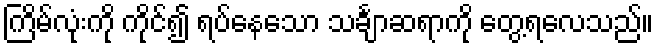
ကြိမ်လုံးကို ကိုင်၍ ရပ်နေသော သင်္ချာဆရာကို တွေ့ရလေသည်။